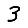
Digit: 3